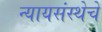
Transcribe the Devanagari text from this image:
न्यायसंस्थेचे